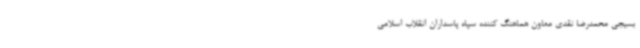
بسیجی محمدرضا نقدی معاون هماهنگ کننده سپاه پاسداران انقلاب اسلامی